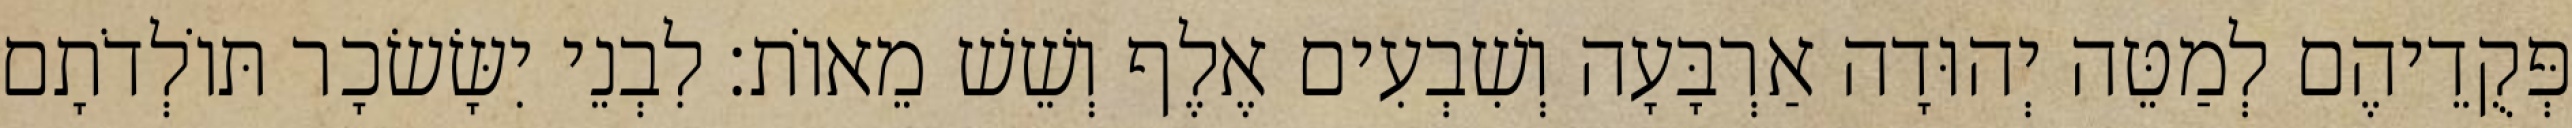
פְּקֻדֵיהֶם לְמַטֵּה יְהוּדָה אַרְבָּעָה וְשִׁבְעִים אֶלֶף וְשֵׁשׁ מֵאוֹת׃ לִבְנֵי יִשָּׂשׂכָר תּוֹלְדֹתָם